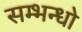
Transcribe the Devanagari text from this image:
सम्भन्धो